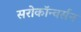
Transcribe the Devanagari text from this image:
सरोकॉन्वर्सन